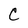
Character: C